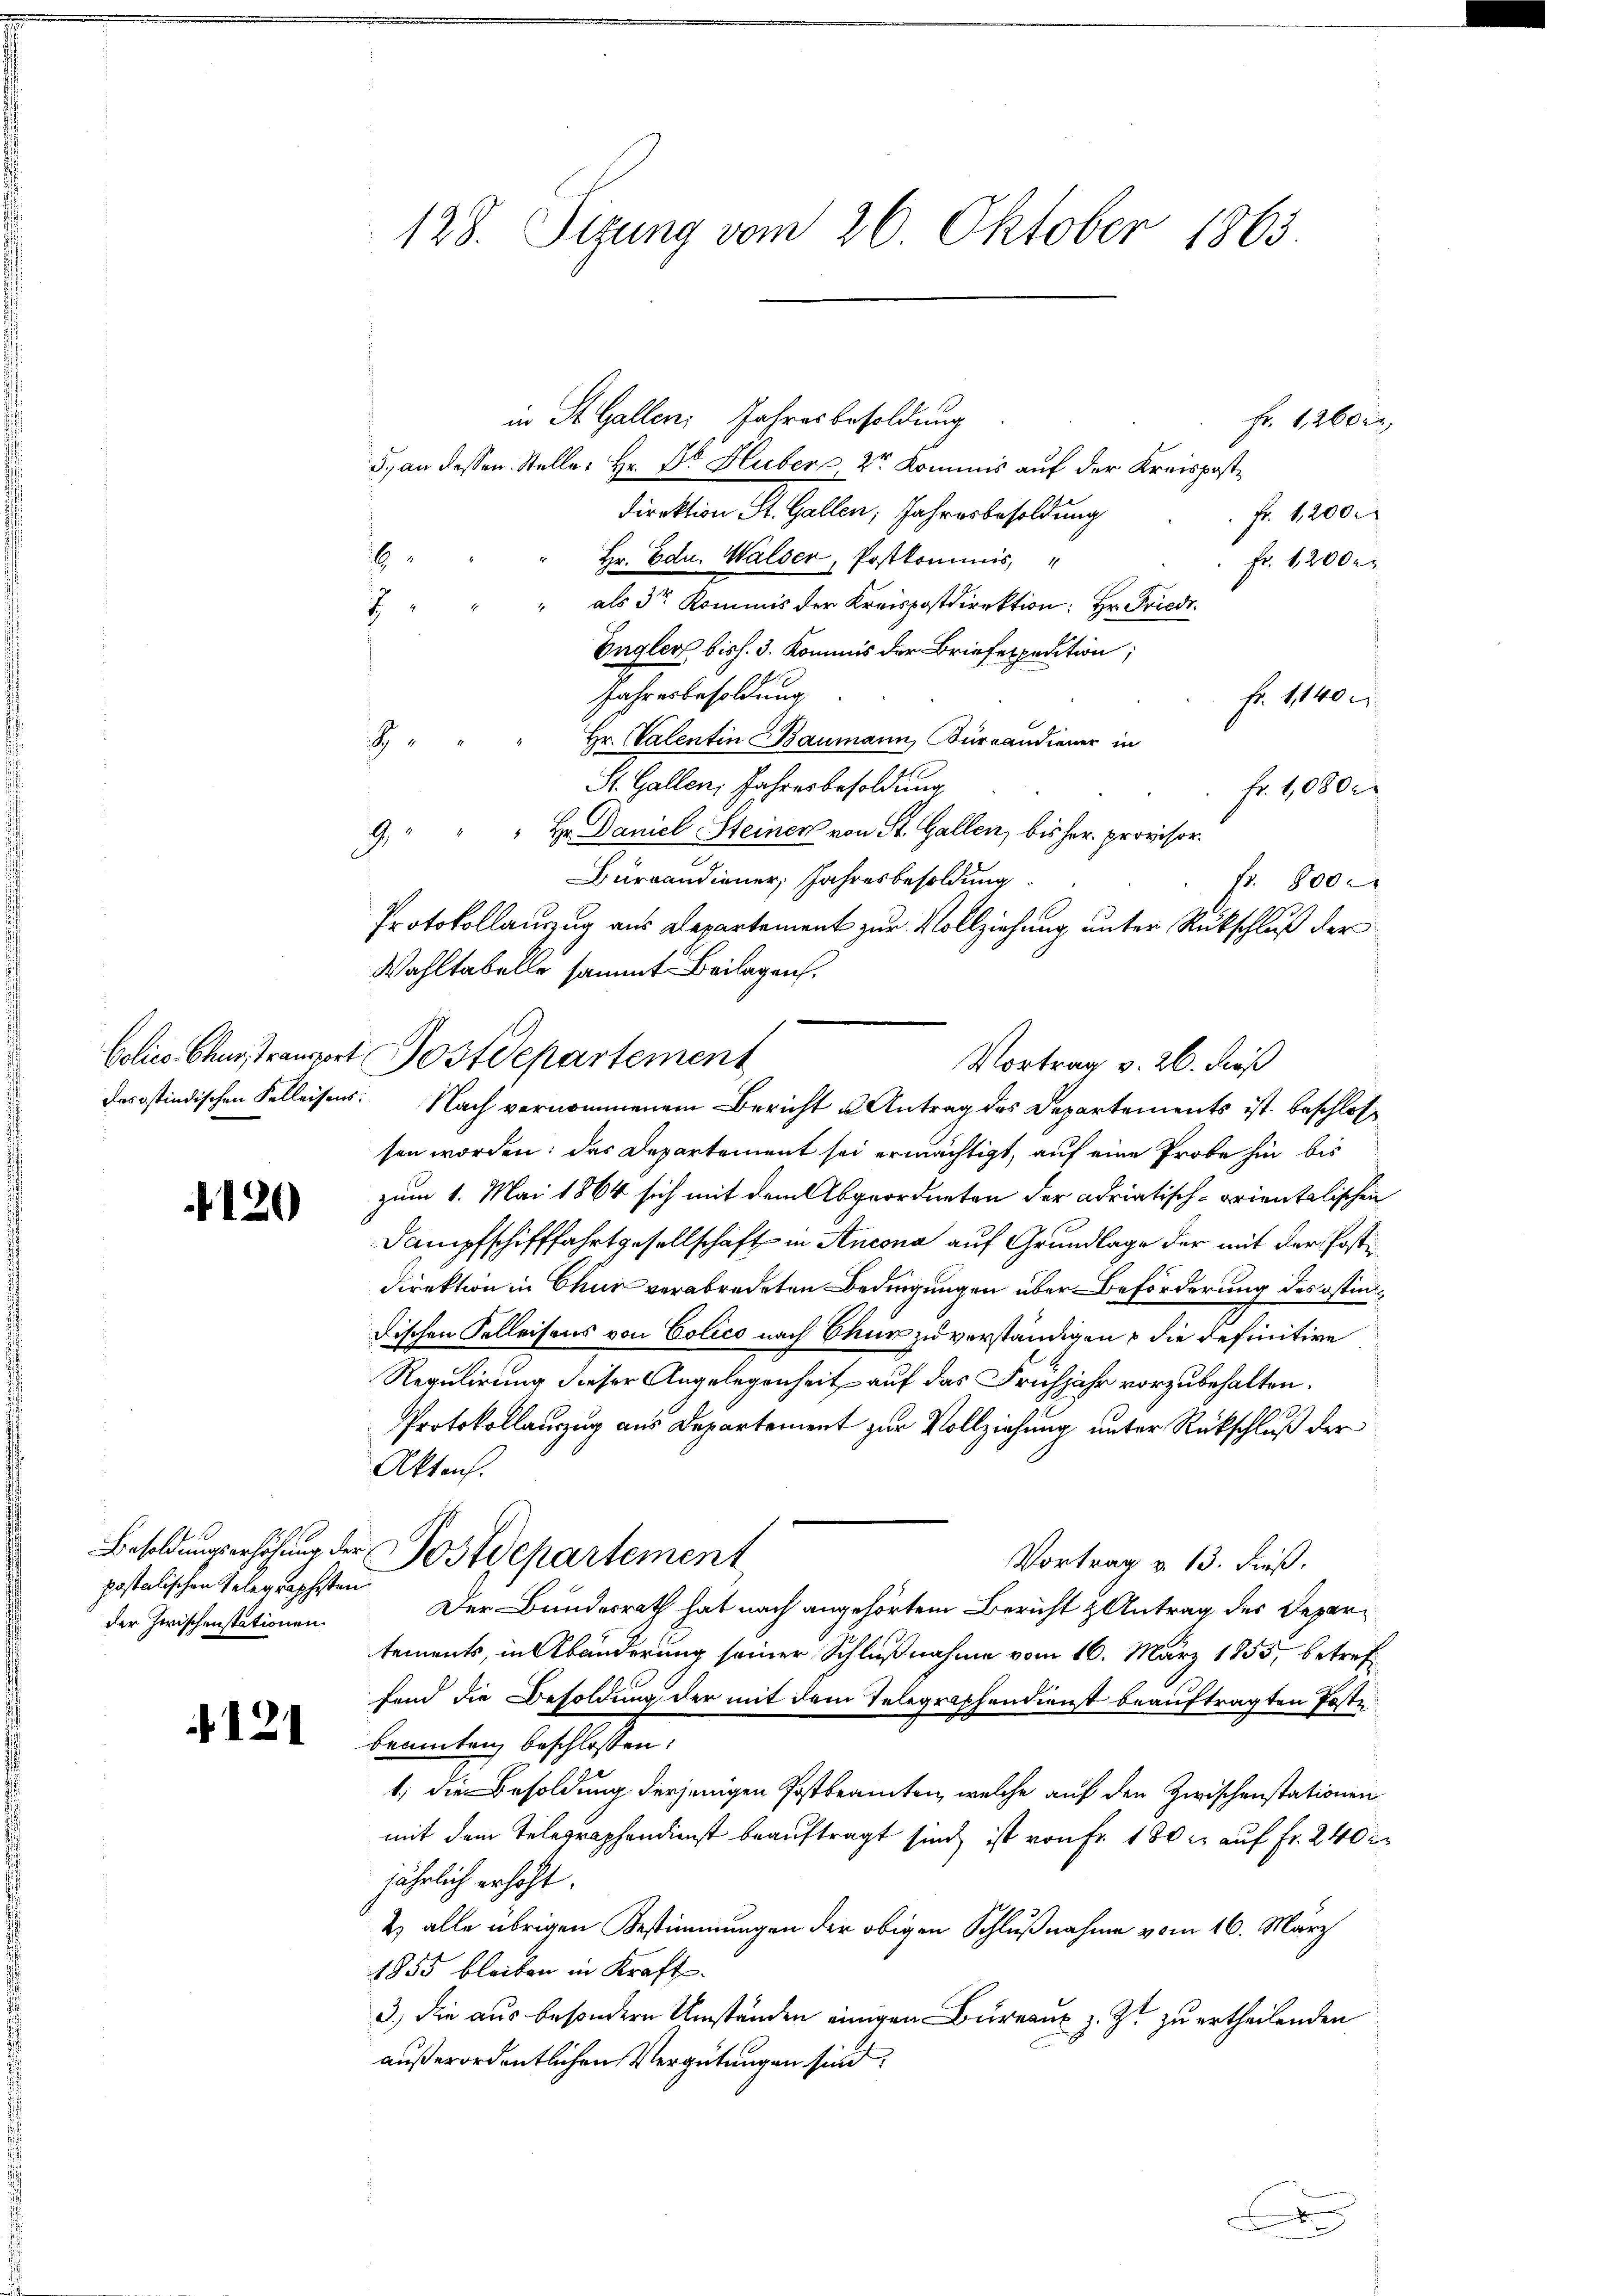
4120

postolischen Gelegraphisten.
der Zwischenstationen.

+121

128. Sizung vom 26. Oktober 1865.

in St. Gallen Jahresbesoldung
5. an dessen Steller Hr. Dr. Huber 2r Kommis auf der Kreisposte
direktion St. Gallen, Jahresbesoldung
6
Hr. Edu. Walser, Postkommis
als der Kommis der Kreispostdirektion: Hr. Friedi
7
Engler bish. 3. Kommis der Briefexpedition,
Jahresbesoldung
Fr. 1,140 c
Hr. Valentin Baumann, Büreaudiener in
g
St. Gallen, Jahresbesoldung
fr. 1080 r
19
Hr. Daniel Steiner von St. Gallen, bis her. provisor¬
Bureaudiener, Jahresbesoldung
fr. 800.
Protokollauszug aus Departement zur Vollziehung unter Rückschluß der
Wahltabelle sammt Beilagen.
dasostindischen Kelleisens. Nach vernommenem Bericht u Antrag des Departements ist beschlos
sen worden; das Departement sei ermächtigt, auf eine Probe hin bis
zum 1. Mai 1864 sich mit dem Abgeordneten der adriatisch-orientalischen
Dampfschifffahrtgesellschaft in Ancona auf Grundlage der mit der Posti¬
Direktion in Chur verabredeten Bedingungen über Beförderung des östindischen Kelleisens von Colico nach Chur zu verständigen u die definitive
Regulirung dieser Angelegenheit auf das Frühjahr vorzubehalten.
Protokollauszug aus Departement zur Vollziehung unter Rückschluß der
Akten.
Besoldungserhöhung der Postdepartement
Vortrag v. 13. dieß.
Der Bundesrath hat nach angehörtem Bericht & Antrag des Departements, in Abänderung seiner Schlußnahme vom 16. März 1855, betreffend die Besoldung der mit dem Telegraphendienst beauftragten Poste
beamten beschlossen:
1. die Besoldung derjenigen Postbeamten, welche auf den Zwischenstationen
mit dem Telegraphendienst beauftragt sind, ist von Fr. 180 c. auf Fr. 240 x
jährlich erhöht.
2) alle übrigen Bestimmungen der obigen Schlußnahme vom 16. März
1855 bleiben in Kraft.
3.) Die aus besondern Umständen einigen Bureaux z. Zt. zu ertheilenden
außerordentlichen Vergütungen sind.

Colico Chur transport Postdepartement

Vortrag v. 26. dieß

Fr. 1260 xr
 Fr. 1,200
Fr. 12000

.